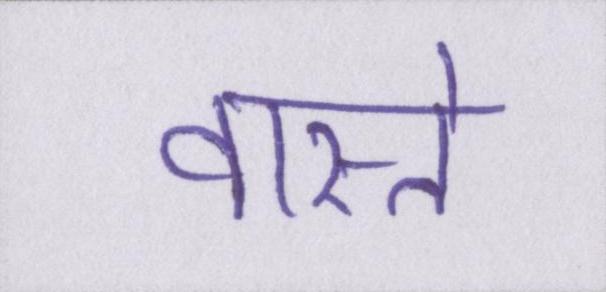
वास्ते